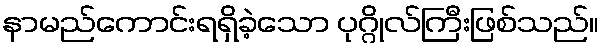
နာမည်ကောင်းရရှိခဲ့သော ပုဂ္ဂိုလ်ကြီးဖြစ်သည်။